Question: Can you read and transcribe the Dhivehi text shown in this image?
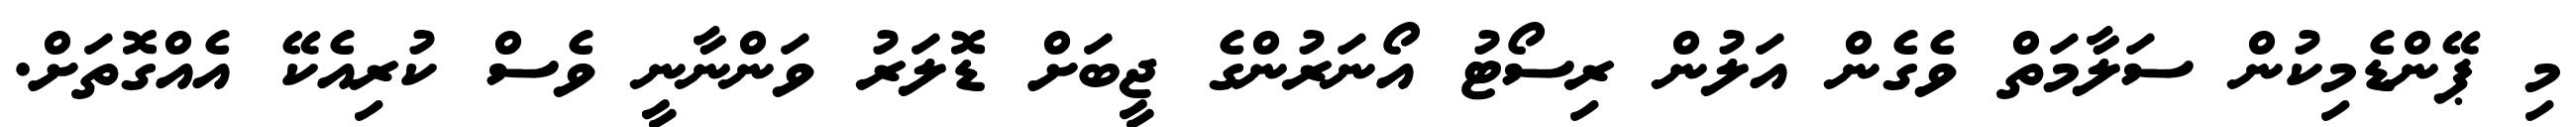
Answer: މި ޕޭންޑެމިކުން ސަލާމަތް ވެގެން އަލުން ރިސޯޓު އޯނަރުންގެ ޖީބަށް ޑޮލަރު ވަންނާނީ ވެސް ކުރިއެކޭ އެއްގޮތަށް.